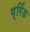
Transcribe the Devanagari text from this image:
ग्रिंड